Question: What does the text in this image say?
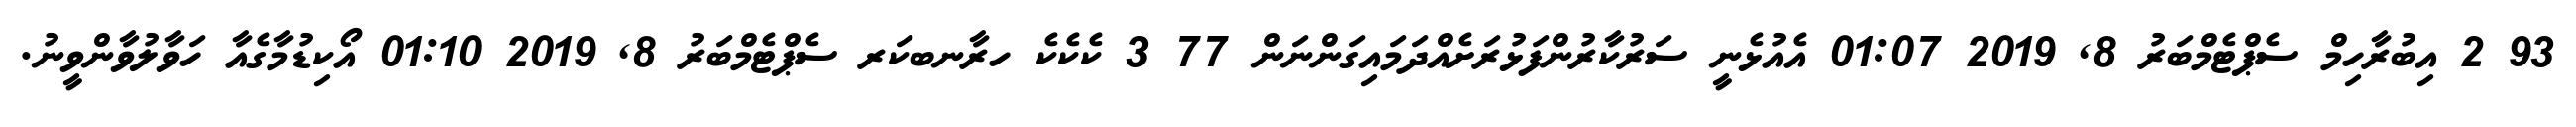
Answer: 93 2 އިބުރާހިމް ސެޕްޓެމްބަރު 8, 2019 01:07 އެއުޅެނީ ސަރުކާރުންފަޅުރަށެއްދަމައިގަންނަން 77 3 ކެކެކެ ހރާނބކަރ ސެޕްޓެމްބަރު 8, 2019 01:10 އޯކިޑުމާގެއާ ހަވާލުވާންވީނު.